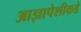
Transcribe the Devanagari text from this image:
आज्ञापेशीकडे